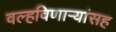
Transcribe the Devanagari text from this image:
वल्हविणाऱ्यांसह